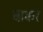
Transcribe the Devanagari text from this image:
बाकर